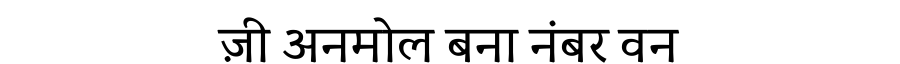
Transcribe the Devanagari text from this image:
ज़ी अनमोल बना नंबर वन